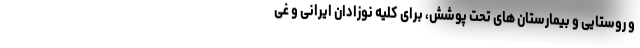
و روستایی و بیمارستان های تحت پوشش، برای کلیه نوزادان ایرانی و غی